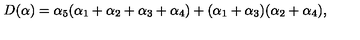
D ( \alpha ) = \alpha _ { 5 } ( \alpha _ { 1 } + \alpha _ { 2 } + \alpha _ { 3 } + \alpha _ { 4 } ) + ( \alpha _ { 1 } + \alpha _ { 3 } ) ( \alpha _ { 2 } + \alpha _ { 4 } ) ,